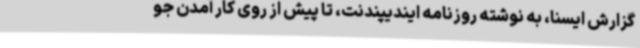
گزارش ایسنا، به نوشته روزنامه ایندیپندنت، تا پیش از روی کار آمدن جو